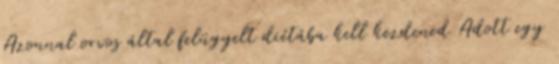
Azonnal orvos által felügyelt diétába kell kezdened Adott egy